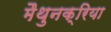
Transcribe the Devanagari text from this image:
मैथुनक्रिया